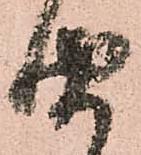
聞